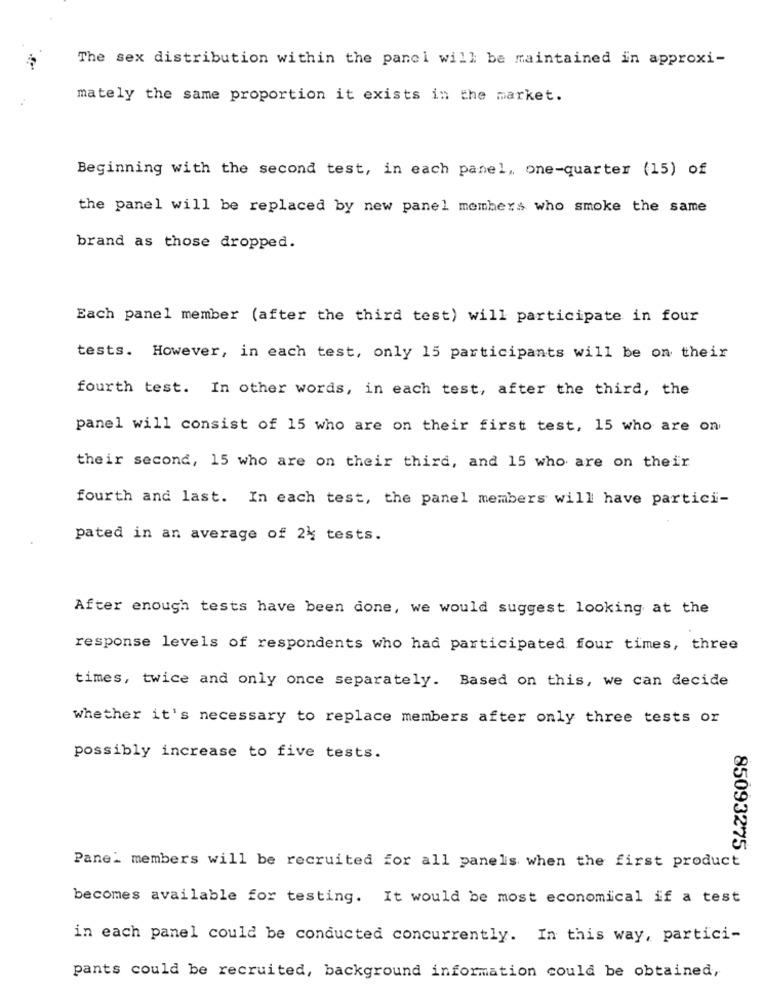
The sex distribution within the panel will be maintained in approxi-
mately the same proportion it exists in the market.
Beginning with the second test, in each panel, one-quarter (15) of
the panel will be replaced by new panel members who smoke the same
brand as those dropped.
Each panel member (after the third test) will participate in four
tests. However, in each test, only 15 participants will be on their
fourth test. In other words, in each test, after the third, the
panel will consist of 15 who are on their first test, 15 who are on
their second, 15 who are on their third, and 15 who are on their
fourth and last. In each test, the panel members will have partici-
pated in an average of 24 tests.
After enough tests have been done, we would suggest looking at the
response levels of respondents who had participated four times, three
times, twice and only once separately. Based on this, we can decide
whether it's necessary to replace members after only three tests or
possibly increase to five tests.
85093275
Panel members will be recruited for all panels when the first product
becomes available for testing. It would be most economical if a test
in each panel could be conducted concurrently. In this way, partici-
pants could be recruited, background information could be obtained,